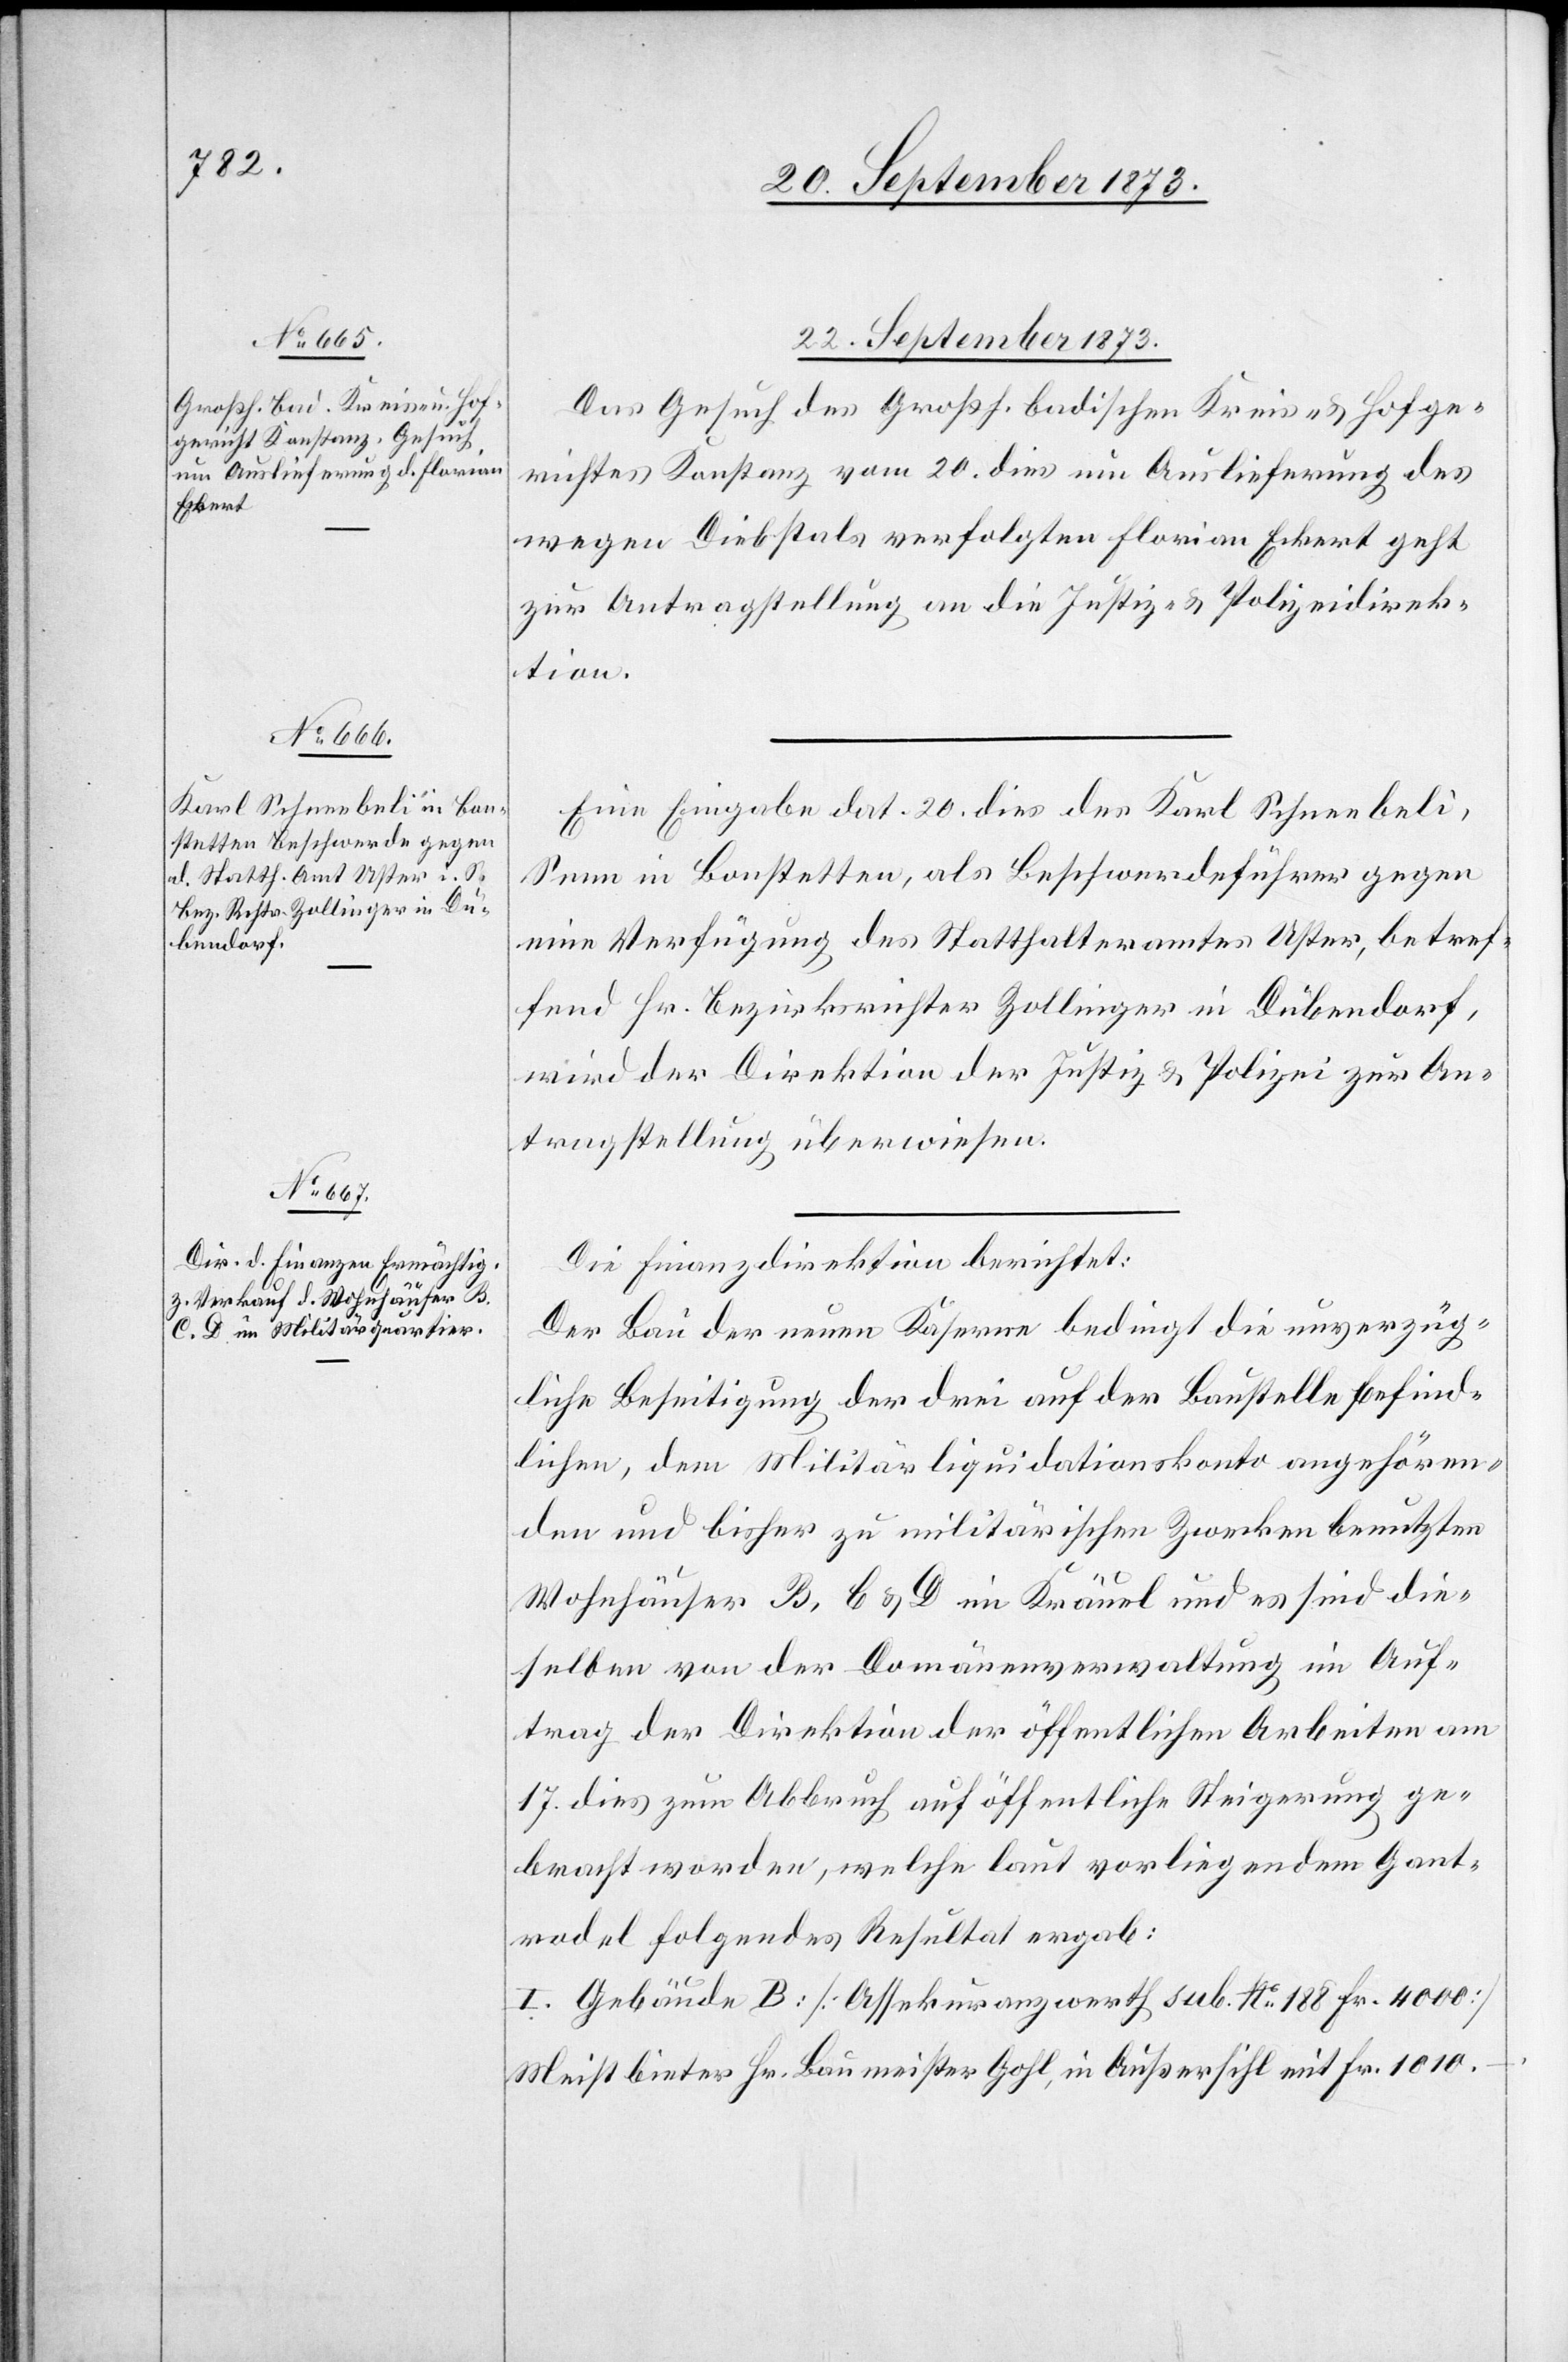
22. September 1873.]
Das Gesuch des Großh. badischen Kreis- & Hofge¬
richtes Konstanz vom 20. dies um Auslieferung des
wegen Diebstals verfolgten Florian Eckert geht
zur Antragstellung an die Justiz- & Polizeidirek¬
tion.
Eine Eingabe dat. 20. dies des Karl Schneebeli,
Senn in Bonstetten, als Beschwerdeführer gegen
eine Verfügung des Statthalteramtes Uster, betref¬
fend Hr. Bezirksrichter Zollinger in Dübendorf,
wird der Direktion der Justiz & Polizei zur An¬
tragstellung überwiesen.
Die Finanzdirektion berichtet:
Der Bau der neuen Kaserne bedingt die unverzüg¬
liche Beseitigung der drei auf der Baustelle befind¬
lichen, dem Militärliquidationskonto angehören¬
den und bisher zu militärischen Zwecken benutzten
Wohnhäuser B, C & D im Kräuel und es sind die¬
selben von der Domänenverwaltung im Auf¬
trag der Direktion der öffentlichen Arbeiten am
17. dies zum Abbruch auf öffentliche Steigerung ge¬
bracht worden, welche laut vorliegendem Gant¬
rodel folgendes Resultat ergab:
I. Gebäude B: [Assekuranzwerth sub. No 188 Fr. 4 000]
Meistbieter Hr. Baumeister Gohl, in Außersihl mit Fr. 1 010 –.